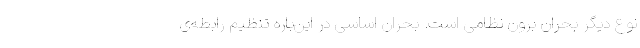
نوع دیگر بحران برون نظامی است. بحران اساسی در این‌باره تنظیم رابطه‌ی